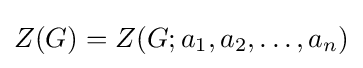
Z(G)=Z(G;a_{1},a_{2},\ldots ,a_{n})